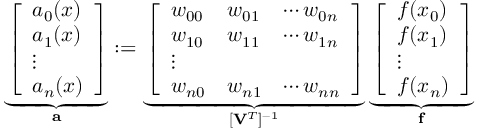
\underbrace { \left[ \begin{array} { l } { a _ { 0 } ( x ) } \\ { a _ { 1 } ( x ) } \\ { \vdots } \\ { a _ { n } ( x ) } \end{array} \right] } _ { \mathbf { a } } : = \underbrace { \left[ \begin{array} { l l l } { w _ { 0 0 } } & { w _ { 0 1 } } & { \cdots w _ { 0 n } } \\ { w _ { 1 0 } } & { w _ { 1 1 } } & { \cdots w _ { 1 n } } \\ { \vdots } \\ { w _ { n 0 } } & { w _ { n 1 } } & { \cdots w _ { n n } } \end{array} \right] } _ { [ \mathbf { V } ^ { T } ] ^ { - 1 } } \underbrace { \left[ \begin{array} { l } { f ( x _ { 0 } ) } \\ { f ( x _ { 1 } ) } \\ { \vdots } \\ { f ( x _ { n } ) } \end{array} \right] } _ { \mathbf { f } }